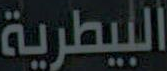
البيطرية